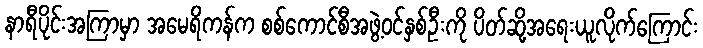
နာရီပိုင်းအကြာမှာ အမေရိကန်က စစ်ကောင်စီအဖွဲ့ဝင်နှစ်ဦးကို ပိတ်ဆို့အရေးယူလိုက်ကြောင်း